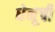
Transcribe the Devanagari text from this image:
धेनूची